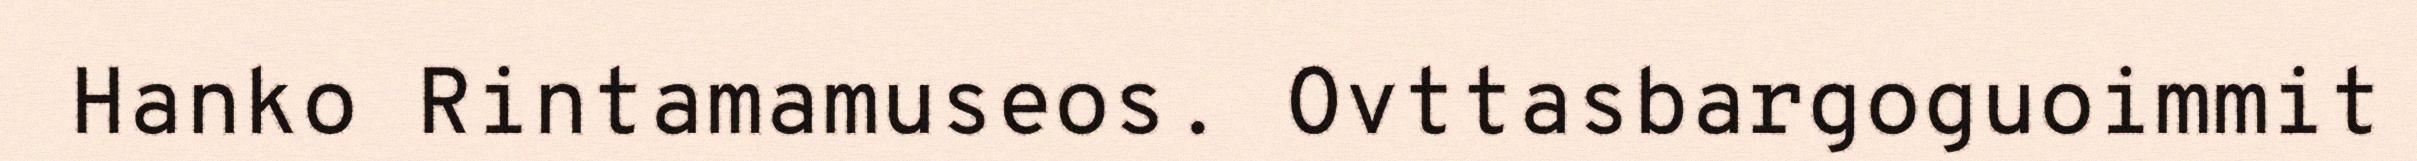
Hanko Rintamamuseos. Ovttasbargoguoimmit